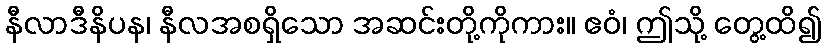
နီလာဒီနိပန၊ နီလအစရှိသော အဆင်းတို့ကိုကား။ ဧဝံ၊ ဤသို့ တွေ့ထိ၍